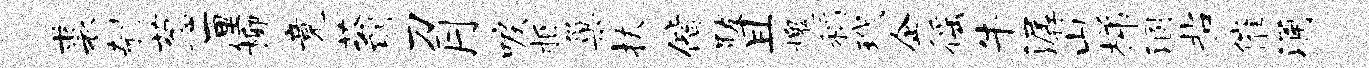
裘剞葱厘柳竟蓊刀月唳柢巢扶偕跋且槐稻玳企徭牛潺山梯溷拈催涌